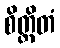
စိတ္တိတံ